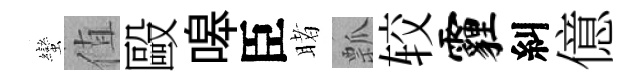
蠻值毆嗥臣睹瓢较霾糾億